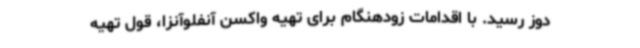
دوز رسید. با اقدامات زودهنگام برای تهیه واکسن آنفلوآنزا، قول تهیه‌